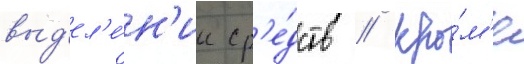
выд'ел'е́н'ии ср'е́дств // Кро́м'е